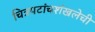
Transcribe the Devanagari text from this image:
चित्रपटांचशंखलेची